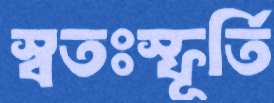
স্বতঃস্ফূর্তি